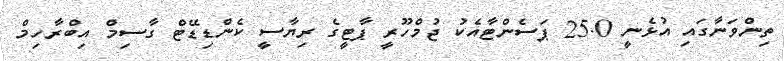
ތިންވަނާގައި އުޅެނީ 25.0 ޕަސެންޓާއެކު ޖުމްހޫރީ ޕާޓީގެ ރިޔާސީ ކެންޑިޑޭޓް ގާސިމް އިބްރާހިމް